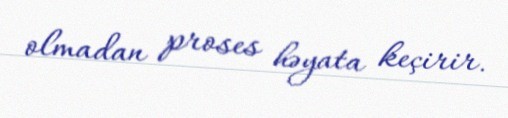
olmadan proses həyata keçirir.